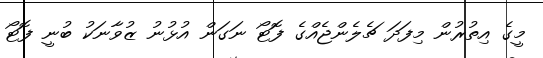
މީގެ އިތުރުން މިފަދަ ޗެލެންޖެއްގެ ފޮޓޯ ނަގަން އުޅުނު ޒުވާނަކު ބުނީ ފޮޓޯ